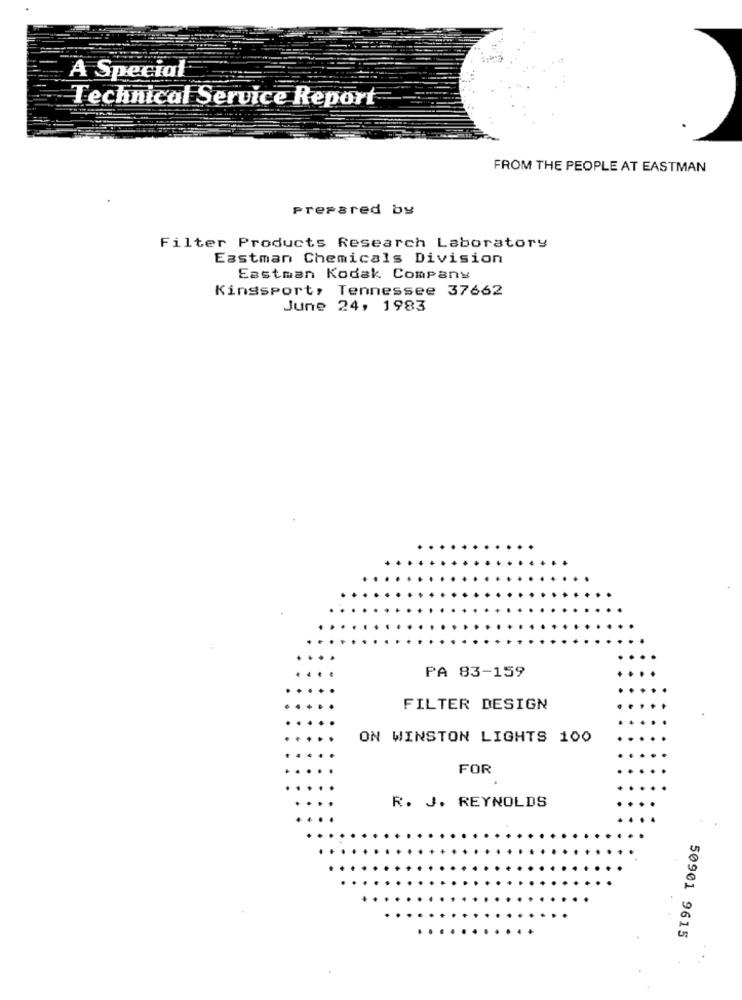
A Special
Technical Service Report
FROM THE PEOPLE AT EASTMAN
Prepared by
Filter Products Research Laboratory
Eastman Chemicals Division
Eastman Kodak Company
Kingsport, Tennessee 37662
June 24, 1983
PA 83-159
FILTER DESIGN
ON WINSTON LIGHTS 100
FOR
R. J. REYNOLDS
50901 9615